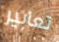
تعابير